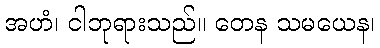
အဟံ၊ ငါဘုရားသည်။ တေန သမယေန၊